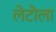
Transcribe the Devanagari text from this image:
लेटोला